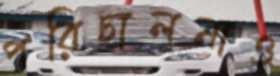
পরিচালনাও